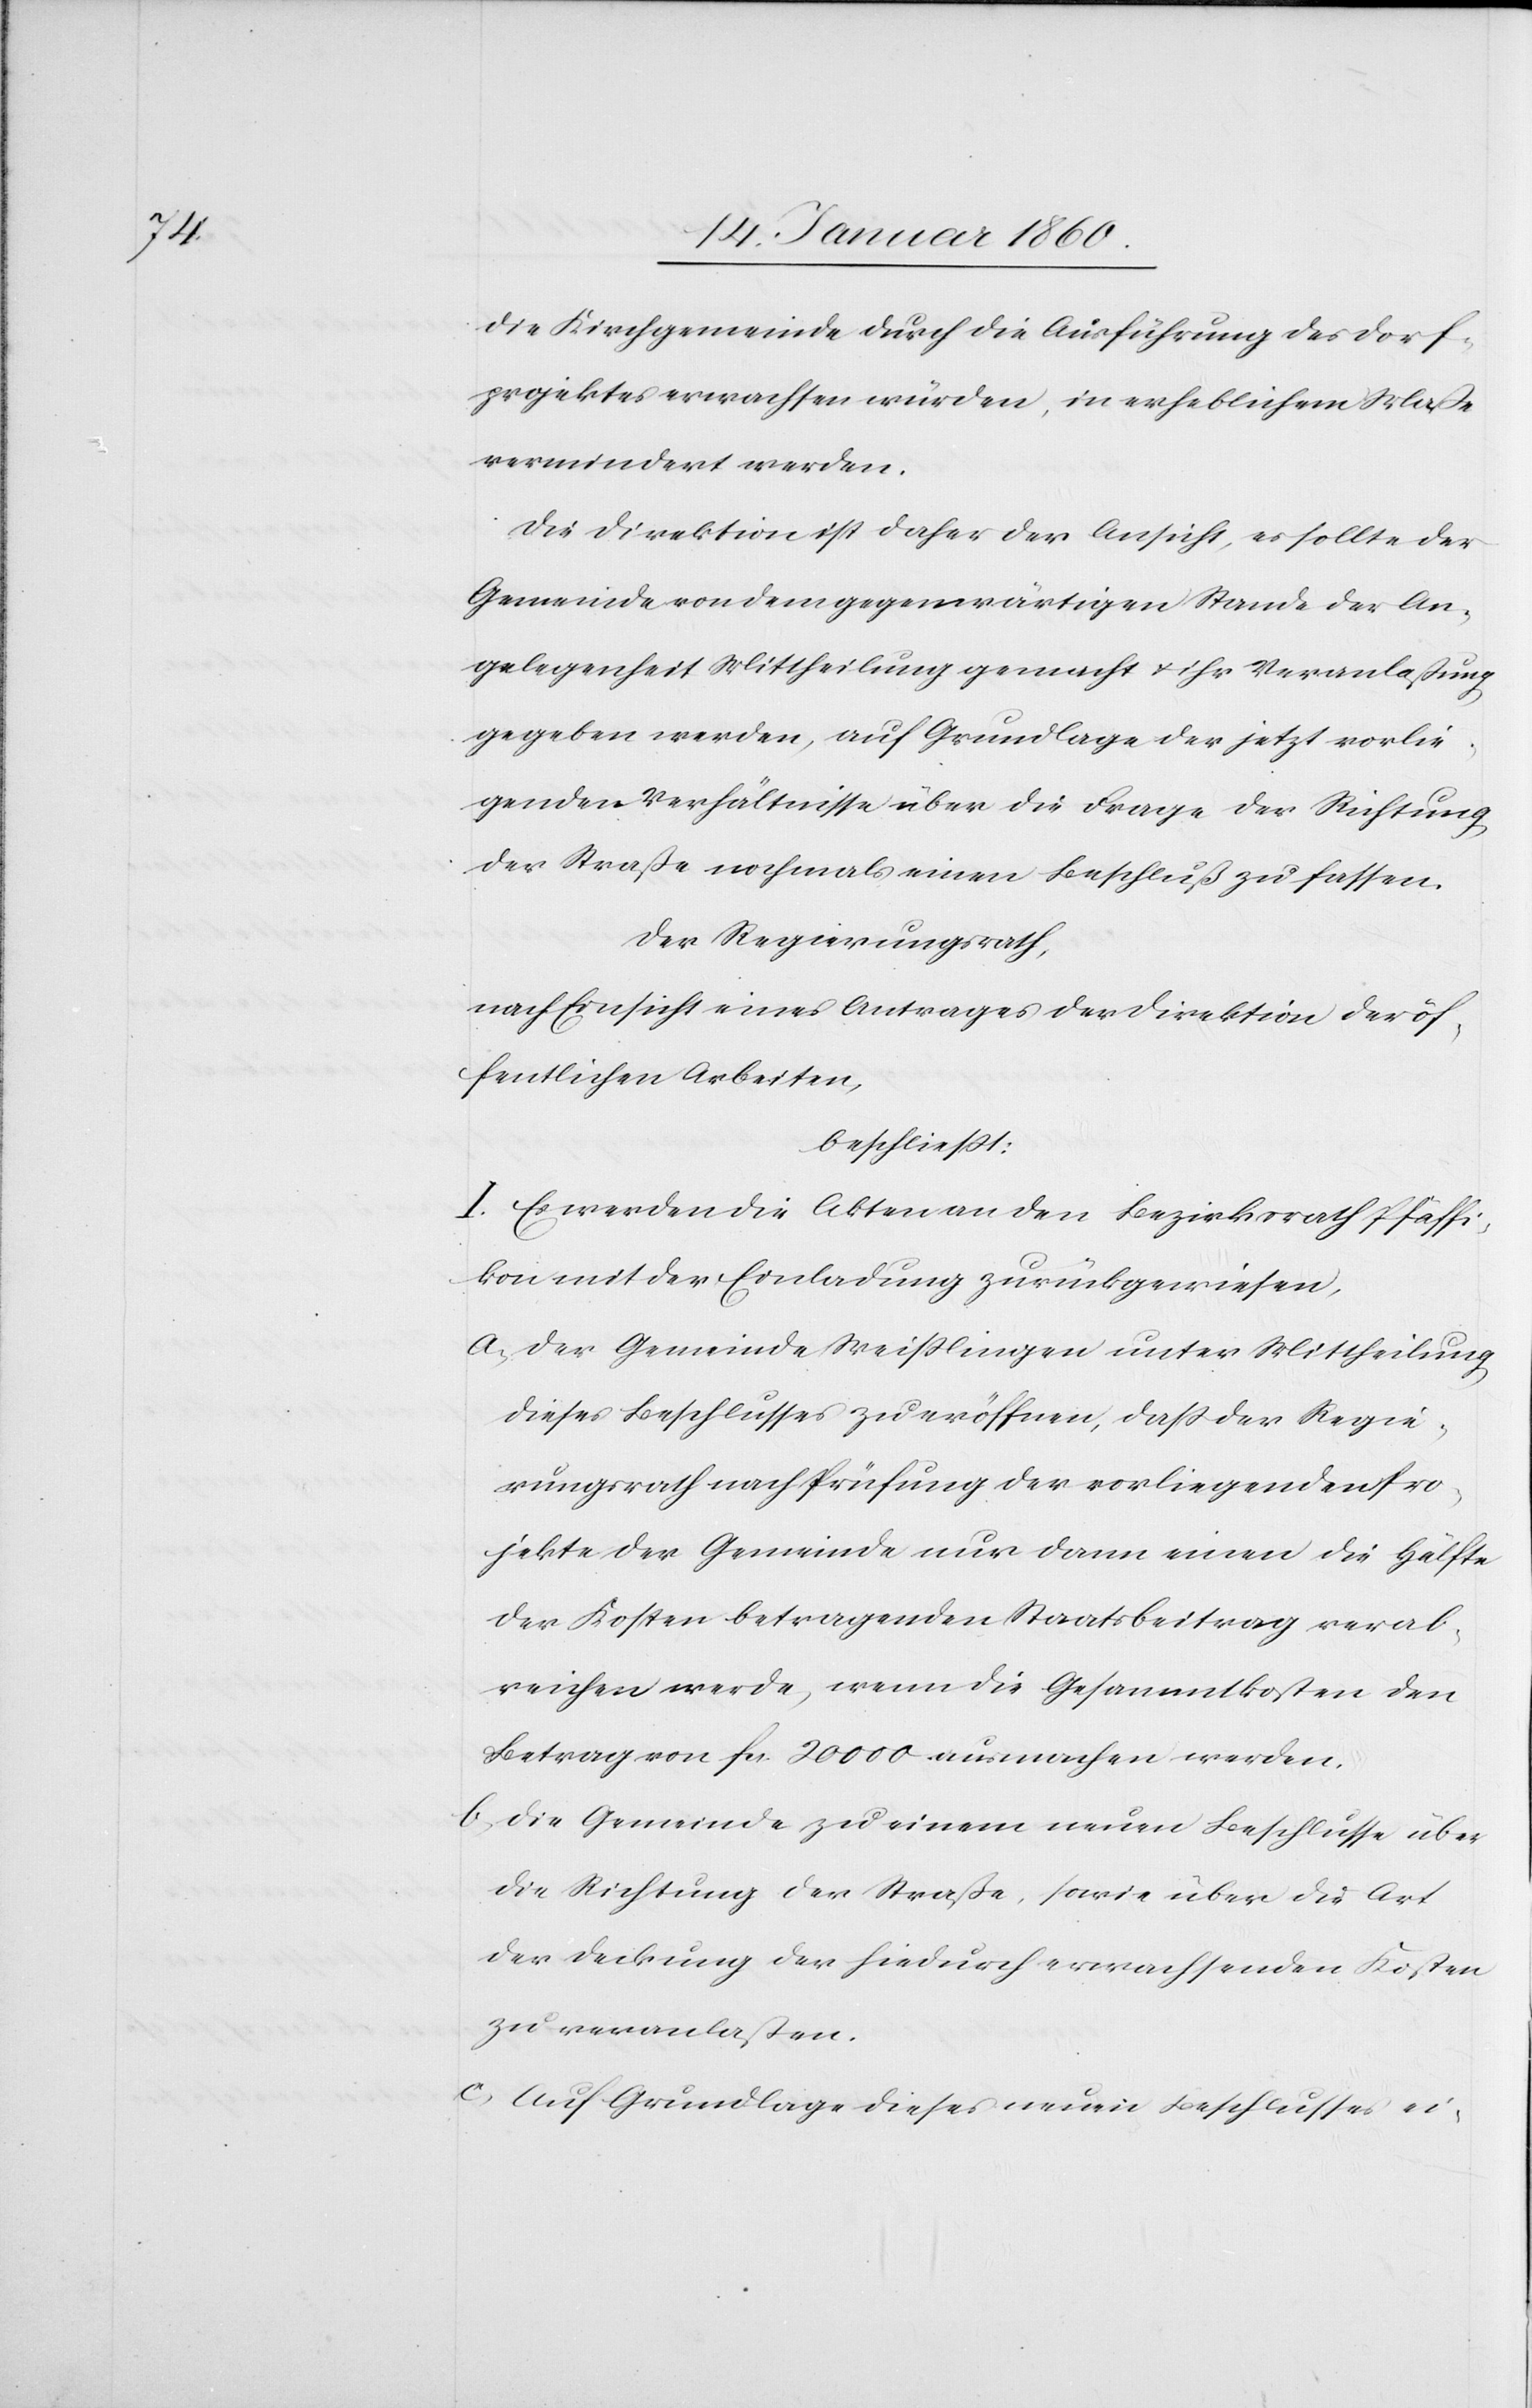
die Kirchgemeinde durch die Ausführung des Dorf¬
projektes erwachsen würden, in erheblichem Maße
vermindert werden.
Die Direktion ist daher der Ansicht, es sollte der
Gemeinde von dem gegenwärtigen Stande der An¬
gelegenheit Mittheilung gemacht u. ihr Veranlassung
gegeben werden, auf Grundlage der jetzt vorlie¬
genden Verhältnisse über die Frage der Richtung
der Straße nochmals einen Beschluß zu fassen.
der Regierungsrath,
nach Einsicht eines Antrages der Direktion der öf¬
fentlichen Arbeiten,
beschließt:
I. Es werden die Akten an den Bezirksrath Pfäffi¬
kon mit der Einladung zurückgewiesen.
a. der Gemeinde Weißlingen unter Mittheilung,
dieses Beschlusses zu eröffnen, daß der Regie¬
rungsrath nach Prüfung der vorliegenden Pro¬
jekte der Gemeinde nur dann einen die Hälfte
der Kosten betragenden Staatsbeitrag verab¬
reichen werde, wenn die Gesammtkosten den
Betrag von fcs. 20 000. ausmachen werden.
b. Die Gemeinde zu einem neuen Beschlusse über
die Richtung der Straße, sowie über die Art
der Deckung der hiedurch erwachsenden Kosten
zu veranlassen.
c. Auf Grundlage dieses neuen Beschlusses ei-